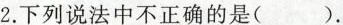
2.下列说法中不正确的是( )。